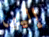
إليها